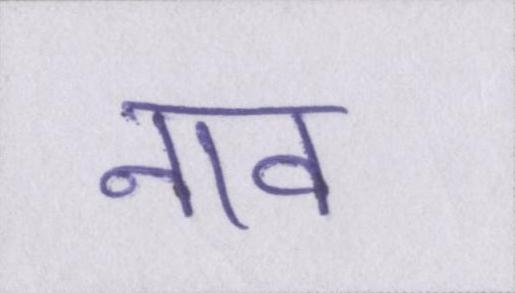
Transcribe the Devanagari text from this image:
नाव